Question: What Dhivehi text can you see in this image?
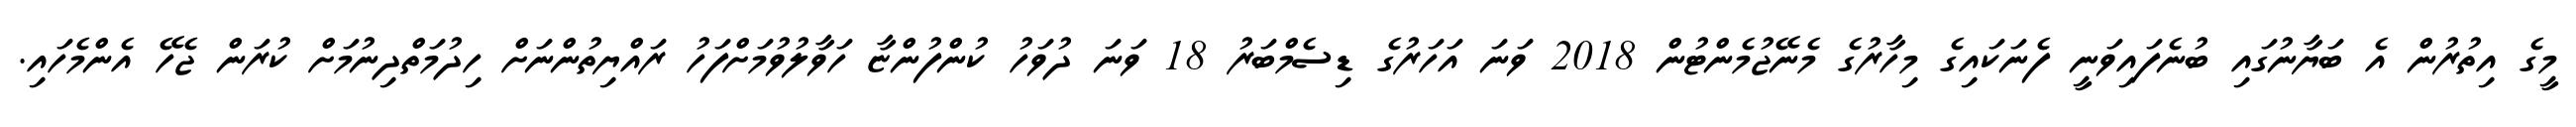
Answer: މީގެ އިތުރުން އެ ބަޔާނުގައި ބުނެފައިވަނީ ފެނަކައިގެ މިހާރުގެ މެނޭޖުމެންޓުން 2018 ވަނަ އަހަރުގެ ޑިސެމްބަރު 18 ވަނަ ދުވަހު ކުންފުންޏާ ހަވާލުވުމަށްފަހު ރައްޔިތުންނަށް ހިދުމަތްދިނުމަށް ކުރަން ޖެހޭ އެންމެހައި.